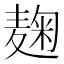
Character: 麹